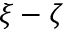
\xi - \zeta